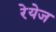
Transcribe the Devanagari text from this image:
रेयेज